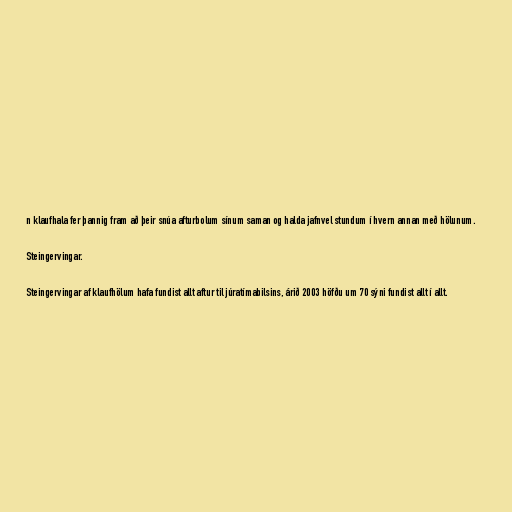
n klaufhala fer þannig fram að þeir snúa afturbolum sínum saman og halda jafnvel stundum í hvern annan með hölunum.

Steingervingar.

Steingervingar af klaufhölum hafa fundist allt aftur til júratímabilsins, árið 2003 höfðu um 70 sýni fundist allt í allt.